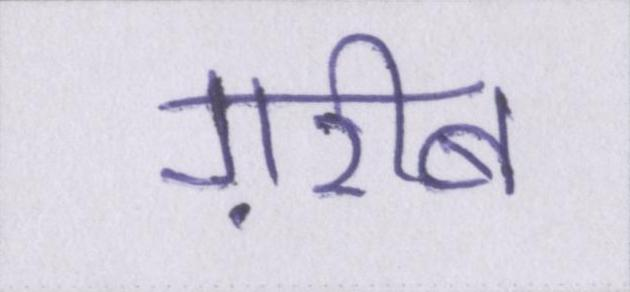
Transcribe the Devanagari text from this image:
ग़रीब